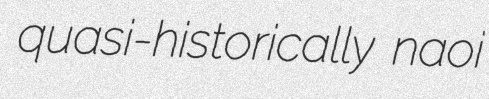
quasi-historically naoi